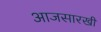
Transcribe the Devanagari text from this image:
आजसारखी